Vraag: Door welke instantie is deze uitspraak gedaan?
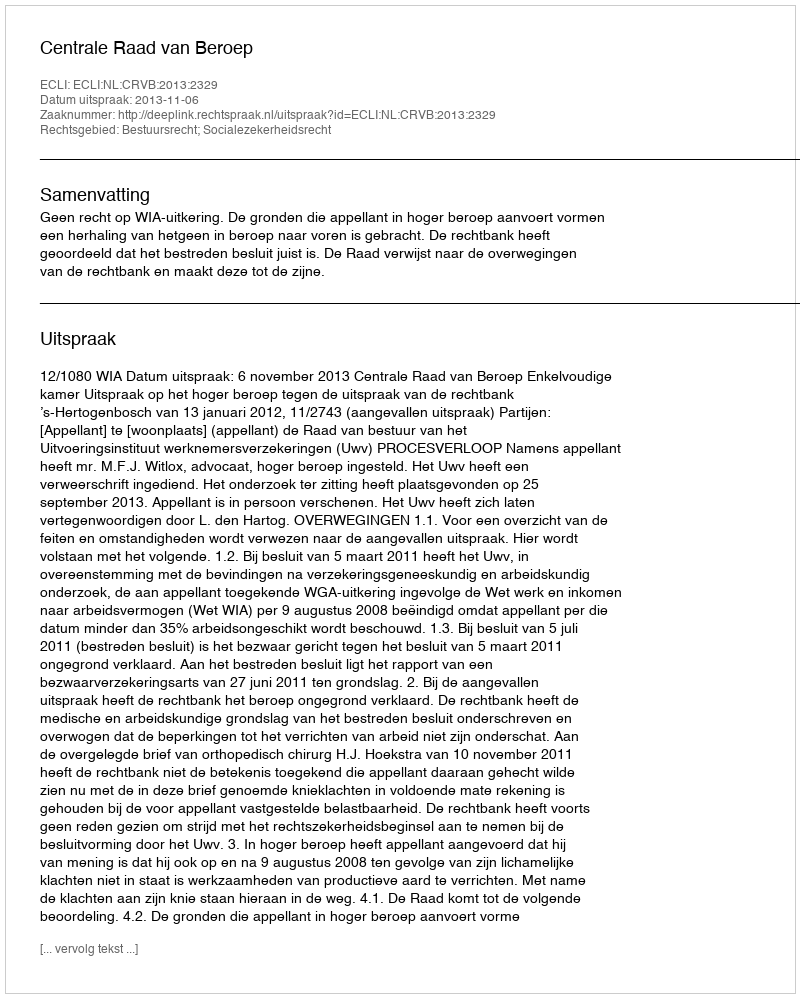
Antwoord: Centrale Raad van Beroep